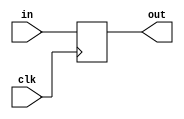
`timescale 1ns / 1ps
//////////////////////////////////////////////////////////////////////////////////
// Company: 
// Engineer: 
// 
// Design Name: 
// Module Name: clk_reg
// Project Name: 
// Target Devices: 
// Tool Versions: 
// Description: 
// 
// Dependencies: 
// 
// Revision:
// Revision 0.01 - File Created
// Additional Comments:
// 
//////////////////////////////////////////////////////////////////////////////////


module clk_reg(
     input clk,
	 input [31:0] in,
	 output reg [31:0] out
	 );
always@(posedge clk)
	begin
	out <= in;
	end
endmodule